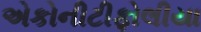
એકોનીટીફોલીયા